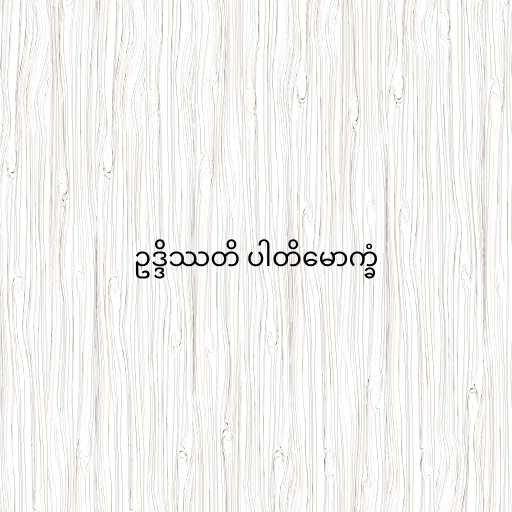
ဥဒ္ဒိဿတိ ပါတိမောက္ခံ